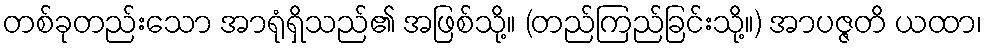
တစ်ခုတည်းသော အာရုံရှိသည်၏ အဖြစ်သို့။ (တည်ကြည်ခြင်းသို့။) အာပဇ္ဇတိ ယထာ၊